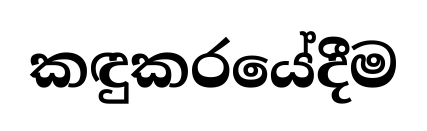
කඳුකරයේදීම